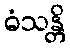
ဓံသန္တိ